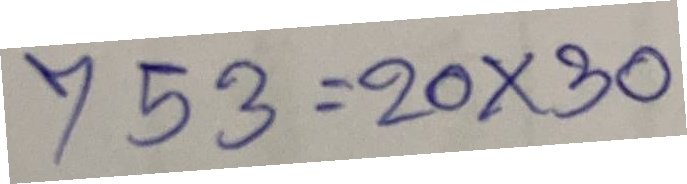
753 = 20x30